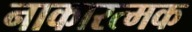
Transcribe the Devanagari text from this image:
नाकारत्मक